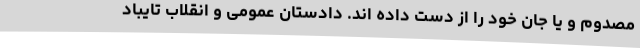
مصدوم و یا جان خود را از دست داده اند. دادستان عمومی و انقلاب تایباد